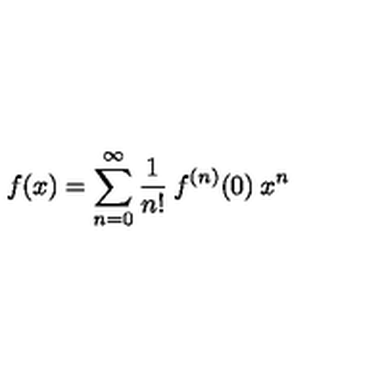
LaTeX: f ( x ) = \sum _ { n = 0 } ^ { \infty } \frac { 1 } { n ! } \: f ^ { ( n ) } ( 0 ) \: x ^ { n }